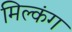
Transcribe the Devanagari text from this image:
मिल्कंग